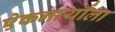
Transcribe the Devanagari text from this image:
एेकनार्याला